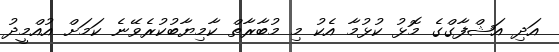
އަދި އަޝްފާގްގެ މޮޅު ކުޅުމާ އެކު މި މުބާރާތް ކާމިޔާބުކުރެވޭނެ ކަމަށް އުއްމީދު